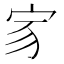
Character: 𡧘